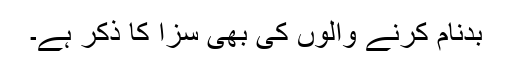
بدنام کرنے والوں کی بھی سزا کا ذکر ہے۔